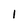
Character: I